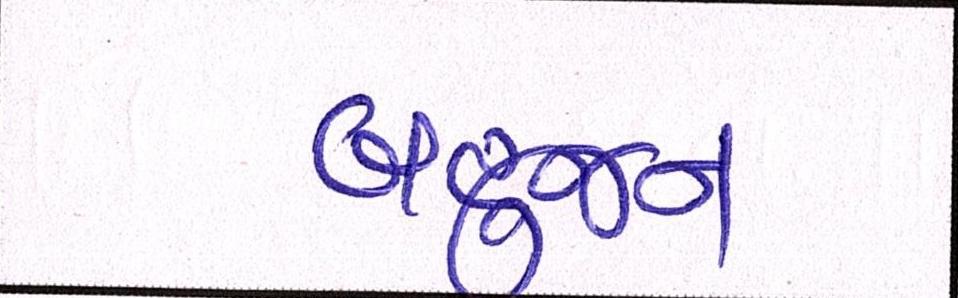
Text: બહુજન